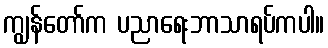
ကျွန်တော်က ပညာရေးဘာသာရပ်ကပါ။